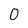
Character: 0